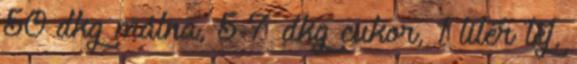
50 dkg málna, 5-7 dkg cukor, 1 liter tej,